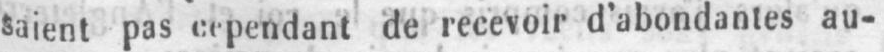
saient pas cependant de recevoir d’abondantes au-